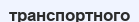
транспортного